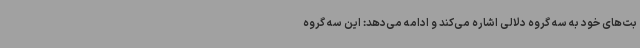
بت‌های خود به سه گروه دلالی اشاره می‌کند و ادامه می‌دهد: این سه گروه